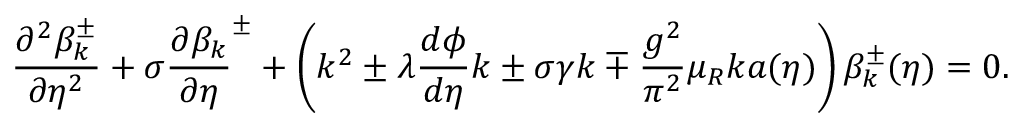
\frac { \partial ^ { 2 } \beta _ { k } ^ { \pm } } { \partial { \eta } ^ { 2 } } + \sigma { \frac { \partial \beta _ { k } } { \partial \eta } } ^ { \pm } + \left( k ^ { 2 } \pm \lambda \frac { d \phi } { d \eta } k \pm \sigma \gamma k \mp \frac { g ^ { 2 } } { \pi ^ { 2 } } \mu _ { R } k a ( \eta ) \right) \beta _ { k } ^ { \pm } ( \eta ) = 0 .